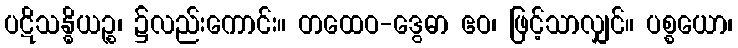
ပဋိသန္ဓိယဉ္စ၊ ၌လည်းကောင်း။ တထေဝ-ဒွေဓာ ဧဝ၊ ဖြင့်သာလျှင်။ ပစ္စယော၊